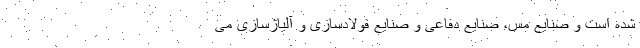
شده است و صنایع مس، صنایع دفاعی و صنایع فولادسازی و آلیاژسازی می‌